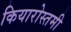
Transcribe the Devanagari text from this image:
कियारोस्तमी